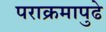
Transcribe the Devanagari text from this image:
पराक्रमापुढे